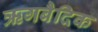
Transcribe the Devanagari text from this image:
ऋगबैदिक